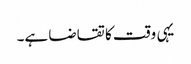
یہی وقت کا تقاضا ہے۔